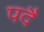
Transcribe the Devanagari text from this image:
पदै